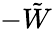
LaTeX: -\tilde{W}